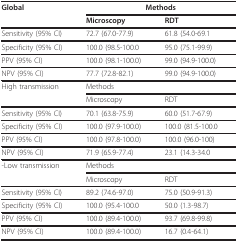
| Global | <COLSPAN=2> Methods |
 |  | Microscopy | RDT |
 | --- | --- | --- |
 | Sensitivity (95% CI) | 72.7 (67.0-77.9) | 61.8 (54.0-69.1 |
 | Specificity (95% CI) | 100.0 (98.5-100.0 | 95.0 (75.1-99.9) |
 | PPV (95% CI) | 100.0 (98.1-100.0) | 99.0 (94.9-100.0) |
 | NPV (95% CI) | 77.7 (72.8-82.1) | 99.0 (94.9-100.0) |
 | High transmission | <COLSPAN=2> Methods |
 |  | Microscopy | RDT |
 | Sensitivity (95% CI) | 70.1 (63.8-75.9) | 60.0 (51.7-67.9) |
 | Specificity (95% CI) | 100.0 (97.9-100.0) | 100.0 (81.5-100.0 |
 | PPV (95% CI) | 100.0 (97.8-100.0) | 100.0 (96.0-100) |
 | NPV (95% CI) | 71.9 (65.9-77.4) | 23.1 (14.3-34.0 |
 | -Low transmission | <COLSPAN=2> Methods |
 |  | Microscopy | RDT |
 | Sensitivity (95% CI) | 89.2 (74.6-97.0) | 75.0 (50.9-91.3) |
 | Specificity (95% CI) | 100.0 (95.4-100.0 | 50.0 (1.3-98.7) |
 | PPV (95% CI) | 100.0 (89.4-100.0) | 93.7 (69.8-99.8) |
 | NPV (95% CI) | 100.0 (89.4-100.0) | 16.7 (0.4-64.1) |